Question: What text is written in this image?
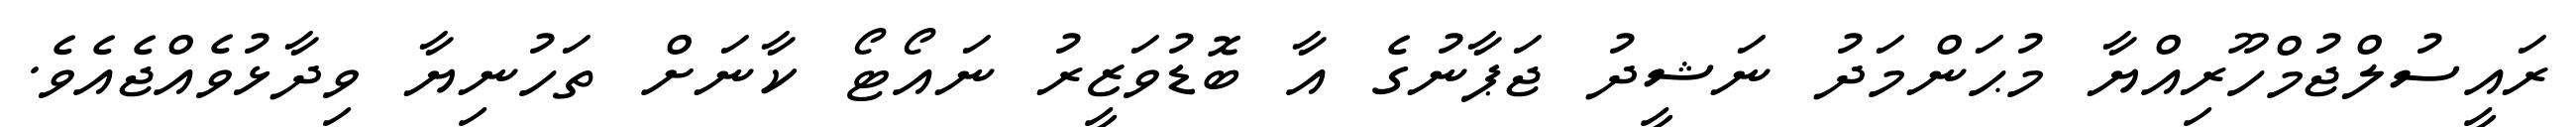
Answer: ރައީސުލްޖުމްހޫރިއްޔާ މުޙަންމަދު ނަޝީދު ޖަޕާނުގެ އާ ބޮޑުވަޒީރު ނައޯޓޯ ކާނަށް ތަހުނިޔާ ވިދާޅުވެއްޖެއެވެ.